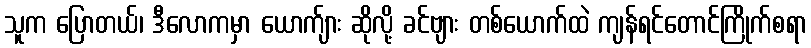
သူက ပြောတယ်၊ ဒီလောကမှာ ယောက်ျား ဆိုလို့ ခင်ဗျား တစ်ယောက်ထဲ ကျန်ရင်တောင်ကြိုက်စရာ